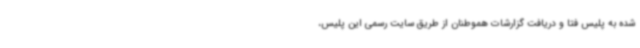
شده به پلیس فتا و دریافت گزارشات هموطنان از طریق سایت رسمی این پلیس،